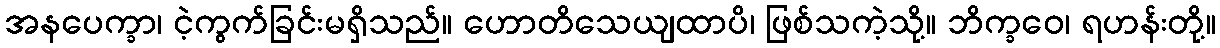
အနပေက္ခာ၊ ငဲ့ကွက်ခြင်းမရှိသည်။ ဟောတိသေယျထာပိ၊ ဖြစ်သကဲ့သို့။ ဘိက္ခဝေ၊ ရဟန်းတို့။